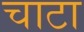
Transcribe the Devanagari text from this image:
चाटा